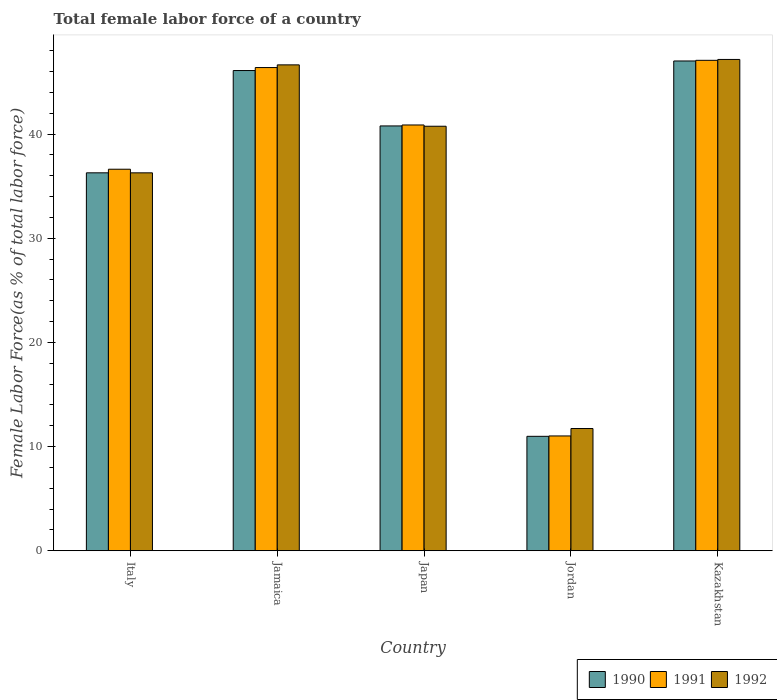
| Country | 1990 | 1991 | 1992 |
 | --- | --- | --- | --- |
 | Italy | 36.3 | 36.6 | 36.3 |
 | Jamaica | 46.1 | 46.4 | 46.7 |
 | Japan | 40.8 | 40.9 | 40.8 |
 | Jordan | 11 | 11 | 11.7 |
 | Kazakhstan | 47 | 47.1 | 47.2 |